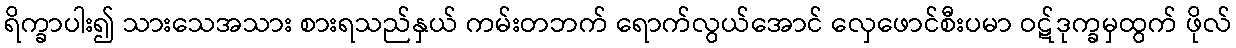
ရိက္ခာပါး၍ သားသေအသား စားရသည်နှယ် ကမ်းတဘက် ရောက်လွယ်အောင် လှေဖောင်စီးပမာ ဝဋ်ဒုက္ခမှထွက် ဖိုလ်